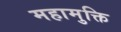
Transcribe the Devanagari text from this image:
महामुक्ति